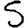
Digit: 5